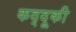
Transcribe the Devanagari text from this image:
कद्दूकी